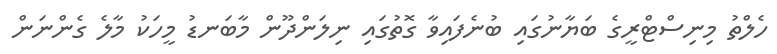
ހެލްތު މިނިސްޓްރީގެ ބަޔާނުގައި ބުނެފައިވާ ގޮތުގައި ނިލަންދޫން މާބަނޑު މީހަކު މާލެ ގެންނަން